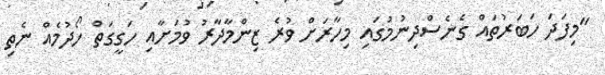
"މިފަދަ ހަބަރުތައް ގެނެސްދިނުމުގައި މިހާރަށް ވުރެ ޒިންމާދާރު ވުމަށާއި ހަގީގަތް ހޯދުމެއް ނެތި